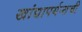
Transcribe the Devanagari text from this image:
खांद्यापर्यन्तची